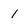
Character: 1